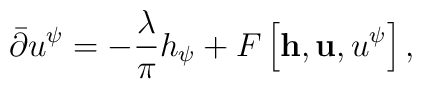
\bar{\partial} u^\psi = -{\lambda\over\pi} h_{\psi } + F\left[{\bf h},{\bf u}, u^\psi\right] ,